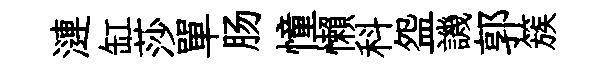
漣缸莎單肠憧懶科盌譏郭簇